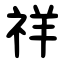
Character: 祥